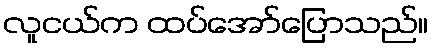
လူငယ်က ထပ်အော်ပြောသည်။